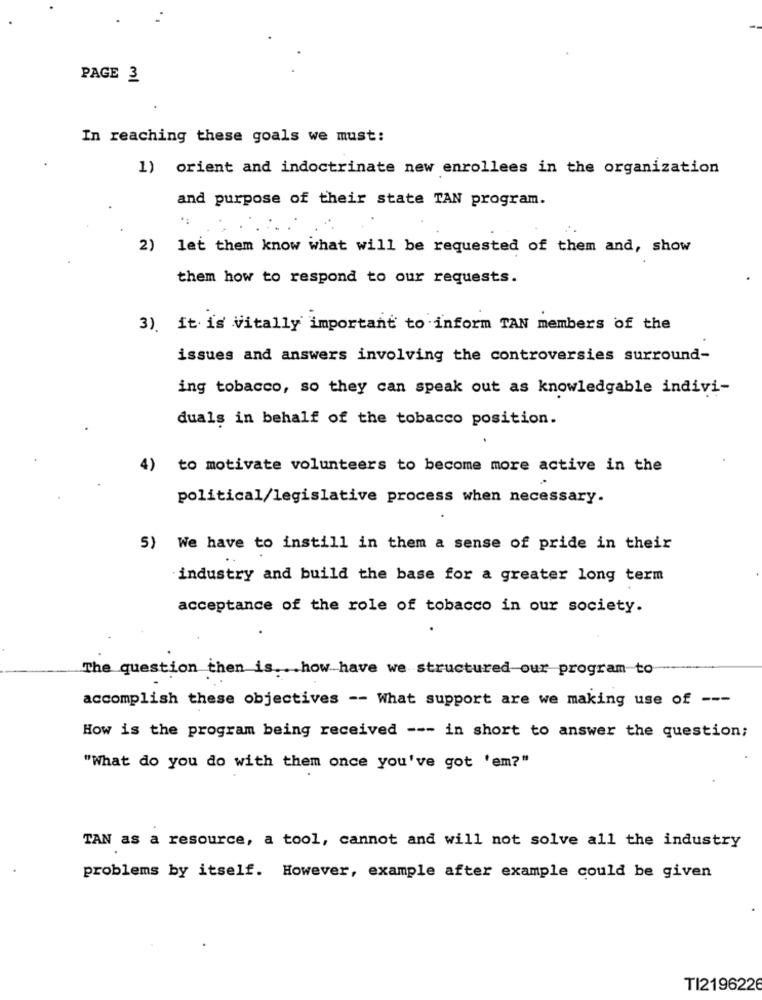
PAGE 3
In reaching these goals we must:
1) orient and indoctrinate new enrollees in the organization
and purpose of their state TAN program.
)let them know what will be requested of them and, show
them how to respond to our requests.
3). it is Vitally important to inform TAN members of the
issues and answers involving the controversies surround-
ing tobacco, so they can speak out as knowledgable indivi-
duals in behalf of the tobacco position.
4)
to motivate volunteers to become more active in the
political/legislative process when necessary.
5) We have to instill in them a sense of pride in their
industry and build the base for a greater long term
acceptance of the role of tobacco in our society.
The question then is ... how have we structured our program to
accomplish these objectives -- What support are we making use of ---
How is the program being received --- in short to answer the question;
"What do you do with them once you've got 'em?"
TAN as a resource, a tool, cannot and will not solve all the industry
problems by itself. However, example after example could be given
TI219622